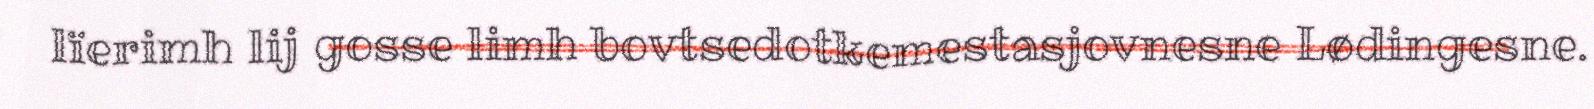
lïerimh lij gosse limh bovtsedotkemestasjovnesne Lødingesne.